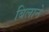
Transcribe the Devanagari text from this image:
बिलाने